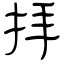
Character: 拝